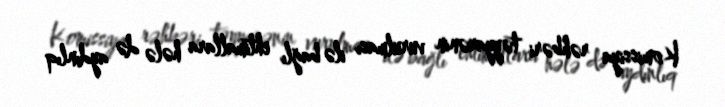
Komissiya rəhbəri təyyarənin vurulması ilə bağlı ehtimallara hələ də aydınlıq